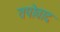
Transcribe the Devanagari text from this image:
तपोवाद